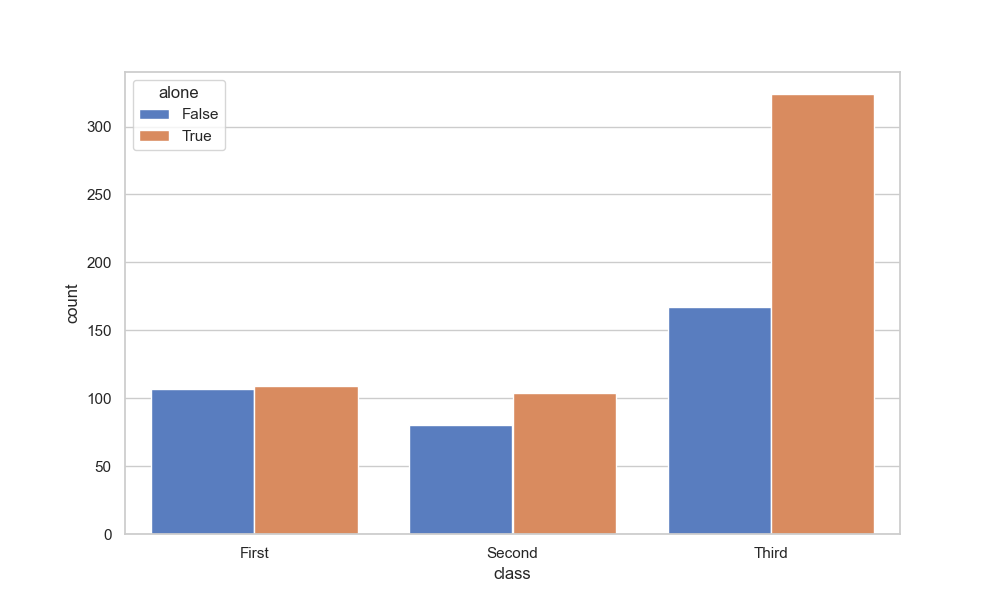
python, seaborn, countplot, x='class', palette='muted', hue='alone'